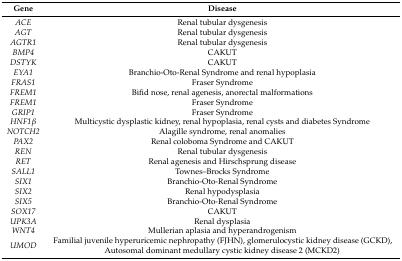
<table><thead><tr><td><b>Gene</b></td><td><b>Disease</b></td></tr></thead><tbody><tr><td><i>ACE</i></td><td>Renal tubular dysgenesis</td></tr><tr><td><i>AGT</i></td><td>Renal tubular dysgenesis</td></tr><tr><td><i>AGTR1</i></td><td>Renal tubular dysgenesis</td></tr><tr><td><i>BMP4</i></td><td>CAKUT</td></tr><tr><td><i>DSTYK</i></td><td>CAKUT</td></tr><tr><td><i>EYA1</i></td><td>Branchio-Oto-Renal Syndrome and renal hypoplasia</td></tr><tr><td><i>FRAS1</i></td><td>Fraser Syndrome</td></tr><tr><td><i>FREM1</i></td><td>Bifid nose, renal agenesis, anorectal malformations</td></tr><tr><td><i>FREM1</i></td><td>Fraser Syndrome</td></tr><tr><td><i>GRIP1</i></td><td>Fraser Syndrome</td></tr><tr><td><i>HNF1β</i></td><td>Multicystic dysplastic kidney, renal hypoplasia, renal cysts and diabetes Syndrome</td></tr><tr><td><i>NOTCH2</i></td><td>Alagille syndrome, renal anomalies</td></tr><tr><td><i>PAX2</i></td><td>Renal coloboma Syndrome and CAKUT</td></tr><tr><td><i>REN</i></td><td>Renal tubular dysgenesis</td></tr><tr><td><i>RET</i></td><td>Renal agenesis and Hirschsprung disease</td></tr><tr><td><i>SALL1</i></td><td>Townes–Brocks Syndrome</td></tr><tr><td><i>SIX1</i></td><td>Branchio-Oto-Renal Syndrome</td></tr><tr><td><i>SIX2</i></td><td>Renal hypodysplasia</td></tr><tr><td><i>SIX5</i></td><td>Branchio-Oto-Renal Syndrome</td></tr><tr><td><i>SOX17</i></td><td>CAKUT</td></tr><tr><td><i>UPK3A</i></td><td>Renal dysplasia</td></tr><tr><td><i>WNT4</i></td><td>Mullerian aplasia and hyperandrogenism</td></tr><tr><td><i>UMOD</i></td><td>Familial juvenile hyperuricemic nephropathy (FJHN), glomerulocystic kidney disease (GCKD), Autosomal dominant medullary cystic kidney disease 2 (MCKD2)</td></tr></tbody></table>